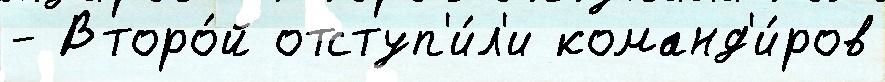
- Второ́й отступ'и́л'и команд'и́ров